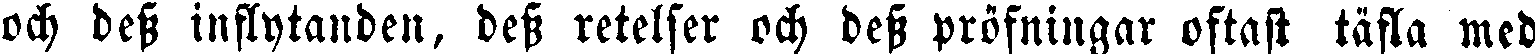
och dess inflytanden, dess retelser och dess pröfningar oftast täfla med